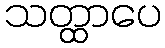
သတ္ထာပေ